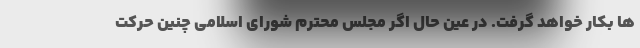
ها بکار خواهد گرفت. در عین حال اگر مجلس محترم شورای اسلامی چنین حرکت